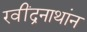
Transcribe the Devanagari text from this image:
रवींद्रनाथांन